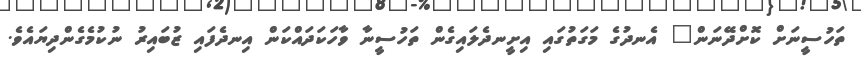
ތަހުސީނަށް ކޮށްދޭނަން" އެނދުގެ މަގަތުގައި އިށީނދެލައިގެން ތަހުސީނާ ވާހަކަދައްކަން އިނދެފައި ޒުބައިރު ނުކުމެގެންދިޔައެވެ.